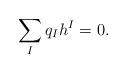
LaTeX: \begin{align*}\sum_{I}q_Ih^I=0.\end{align*}